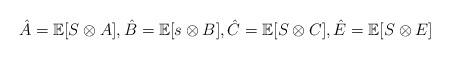
LaTeX: \begin{align*} \hat{A} = \mathbb{E} [{S} \otimes A] , \hat{B} = \mathbb{E} [{s} \otimes B] , \hat{C} = \mathbb{E} [{S} \otimes C], \hat{E} = \mathbb{E} [{S} \otimes E]\end{align*}